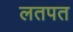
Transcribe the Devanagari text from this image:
लतपत